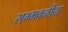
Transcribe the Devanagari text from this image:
सम्भवनीय